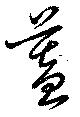
蓋